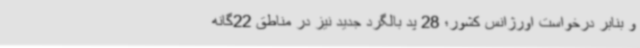
و بنابر درخواست اورژانس کشور؛ 28 پد بالگرد جدید نیز در مناطق 22گانه